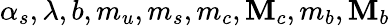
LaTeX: \alpha_{s},\lambda,b,m_{u},m_{s},m_{c},\mathbf{M}_{c},m_{b},\mathbf{M}_{b}